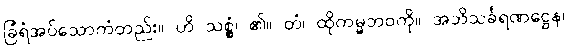
ခြံရံအပ်သောကံတည်း။ ဟိ သစ္စွံ၊ ၏။ တံ၊ ထိုကမ္မဘဝကို။ အဘိသင်္ခရဏဋ္ဌေန၊